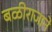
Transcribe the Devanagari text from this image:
बळीराजाने